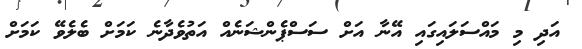
އަދި މި މައްސަލައިގައި އޭނާ އަށް ސަސްޕެންޝަނެއް އަތުވެދާނެ ކަމަށް ބެލެވޭ ކަމަށް